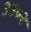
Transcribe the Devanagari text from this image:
३३०२